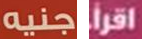
جنيه إقرأ